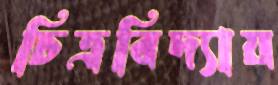
চিত্রবিদ্যায়